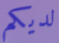
لديكم